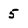
Character: 5